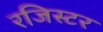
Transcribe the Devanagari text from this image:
रजिस्टर